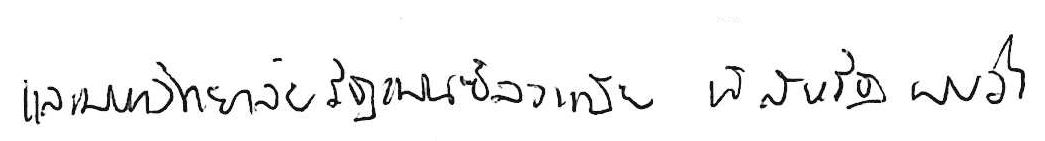
และมหาวิทยาลัยรัฐเพนซิลวาเนีย ที่สหรัฐ พบว่า